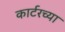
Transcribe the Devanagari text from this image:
कार्टरच्या